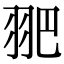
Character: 𦐆